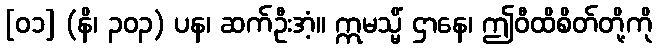
[၀၁] (နိ၊ ၃၀၃) ပန၊ ဆက်ဦးအံ့။ ဣမသ္မိံ ဌာနေ၊ ဤဝီထိစိတ်တို့ကို